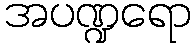
အပဏ္ဍရော